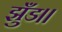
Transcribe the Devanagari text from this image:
झुँड।।